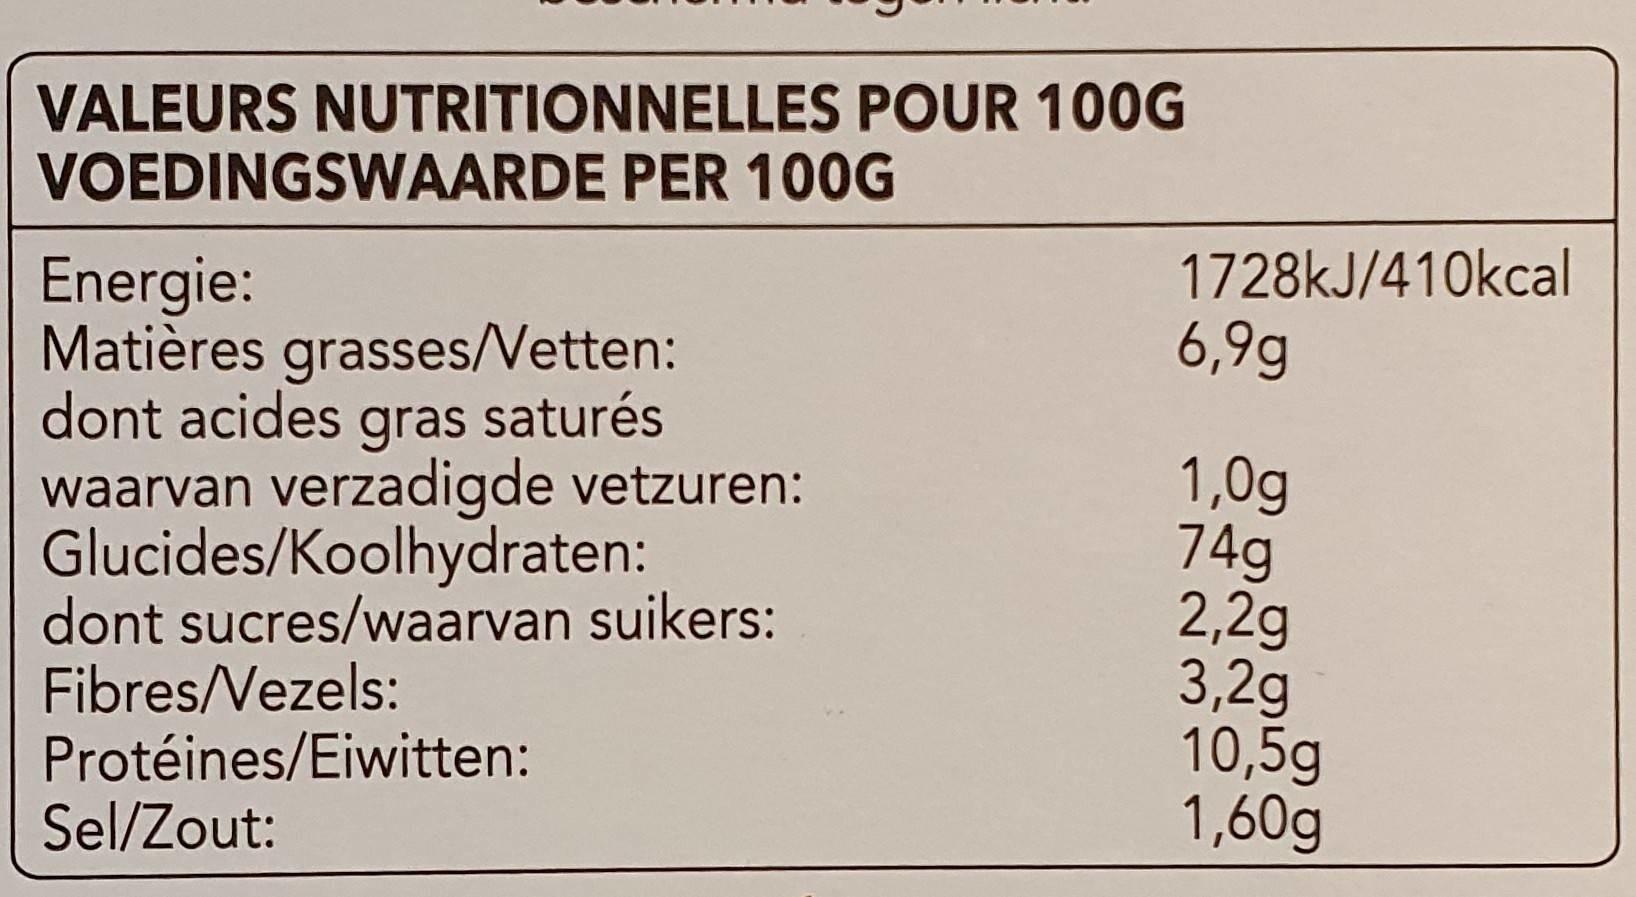
VALEURS NUTRITIONNELLES POUR 100G VOEDINGSWAARDE PER 10OG
1728KJ/410kcal 6,9g
Energie: Matières grasses/Vetten: dont acides gras saturés waarvan verzadigde vetzuren: Glucides/Koolhydraten: dont sucres/waarvan suikers: Fibres/Vezels: Protéines/Eiwitten: Sel/Zout:
1,0g 74g 2,2g 3,2g 10,5g 1,60g